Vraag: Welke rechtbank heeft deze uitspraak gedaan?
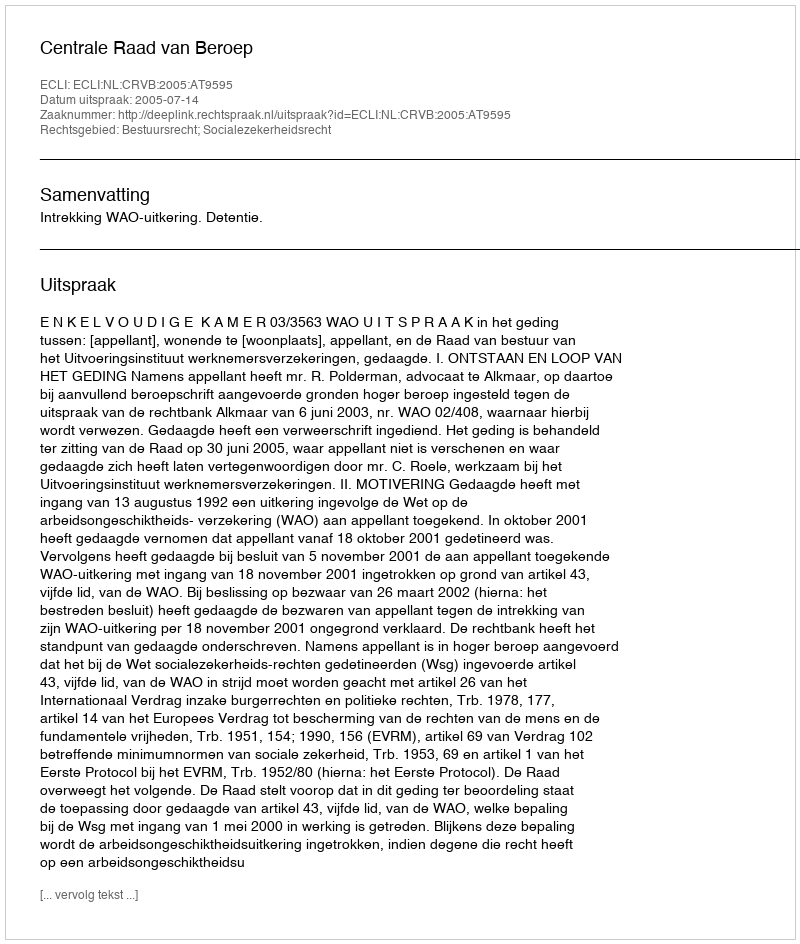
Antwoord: Centrale Raad van Beroep